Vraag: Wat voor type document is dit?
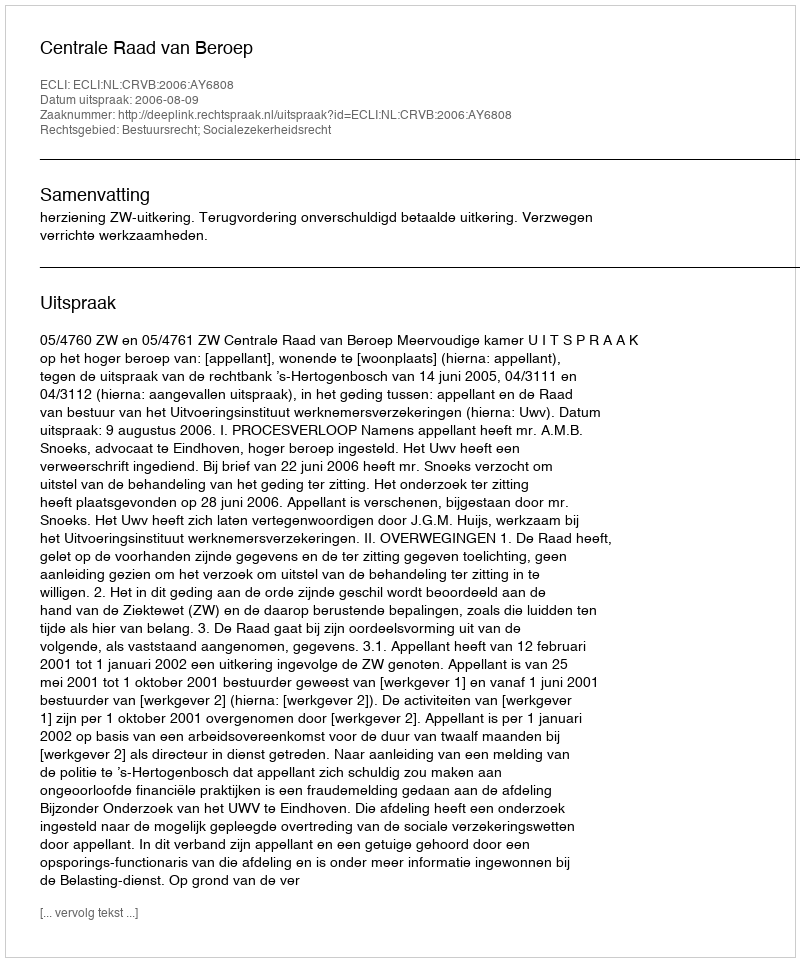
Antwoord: Uitspraak